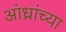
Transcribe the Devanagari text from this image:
आंध्रांच्या